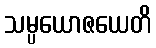
သမ္ပယောဇယေတိ